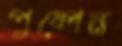
পুষ্পেন